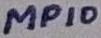
Text: MP10